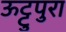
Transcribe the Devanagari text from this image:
ऊट्टुपुरा